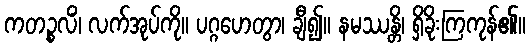
ကတဉ္စလိံ၊ လက်အုပ်ကို။ ပဂ္ဂဟေတွာ၊ ချီ၍။ နမဿန္တိ၊ ရှိခိုးကြကုန်၏။